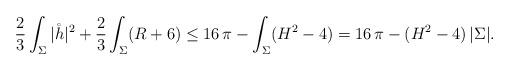
LaTeX: \begin{align*} \frac{2}{3} \int_\Sigma |\mathring h|^2 + \frac{2}{3} \int_{\Sigma} (R + 6) \leq 16 \, \pi - \int_\Sigma (H^2 - 4) = 16 \, \pi - (H^2 - 4) \, |\Sigma|.\end{align*}